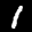
Digit: 1